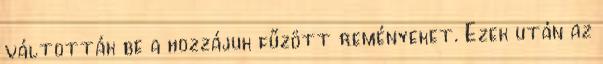
váltották be a hozzájuk fűzött reményeket. Ezek után az